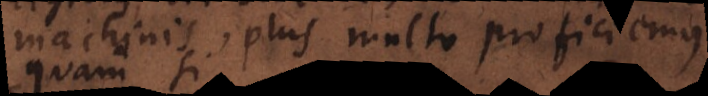
machinis, plus multo proficiemus